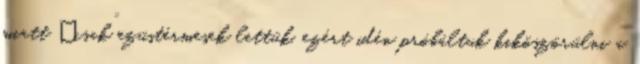
miatt „csak” ezüstérmesek lettük, ezért idén próbáltuk kiköszörülni a